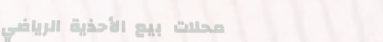
محلات بيع الأحذية الرياضي